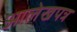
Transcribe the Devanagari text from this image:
आलेखपत्र